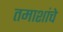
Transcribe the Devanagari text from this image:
तमाशांचे